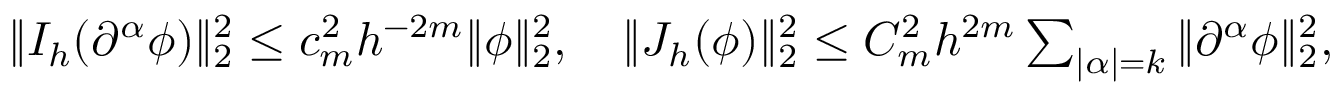
\begin{array} { r } { \| I _ { h } ( \partial ^ { \alpha } \phi ) \| _ { 2 } ^ { 2 } \leq { c _ { m } ^ { 2 } } { h ^ { - 2 m } } \| \phi \| _ { 2 } ^ { 2 } , \quad \| J _ { h } ( \phi ) \| _ { 2 } ^ { 2 } \leq C _ { m } ^ { 2 } h ^ { 2 m } \sum _ { | \alpha | = k } \| \partial ^ { \alpha } \phi \| _ { 2 } ^ { 2 } , } \end{array}